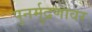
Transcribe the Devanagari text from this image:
पुनर्मुद्रणावर